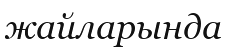
жайларында